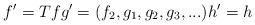
LaTeX: \begin{align*}f' = Tf g' = (f_2,g_1,g_2,g_3,...) h' = h \end{align*}